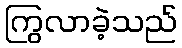
ကြွလာခဲ့သည်